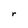
Character: r